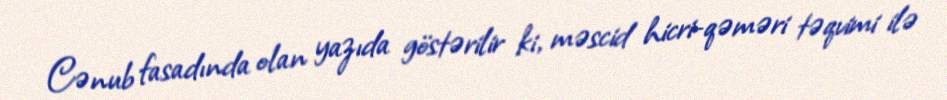
Cənub fasadında olan yazıda göstərilir ki, məscid hicri-qəməri təqvimi ilə